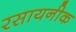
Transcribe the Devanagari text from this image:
रसायनीक